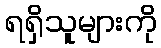
ရရှိသူများကို